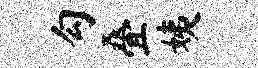
勾叠姨